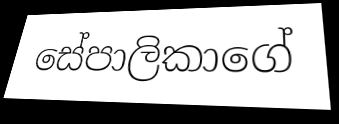
සේපාලිකාගේ